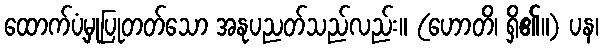
ထောက်ပံ့မှုပြုတတ်သော အနုပညတ်သည်လည်း။ (ဟောတိ၊ ရှိ၏။) ပန၊